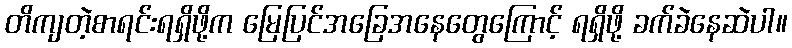
တိကျတဲ့စာရင်းရရှိဖို့က မြေပြင်အခြေအနေတွေကြောင့် ရရှိဖို့ ခက်ခဲနေဆဲပါ။